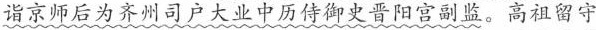
诣京师后为齐州司户大业中历侍御史晋阳宫副监。高祖留守